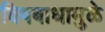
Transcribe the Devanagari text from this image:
विषबाधामुळे